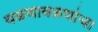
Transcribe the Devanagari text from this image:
वळणावळणांचा